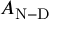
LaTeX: A _ { \mathrm { N - D } }